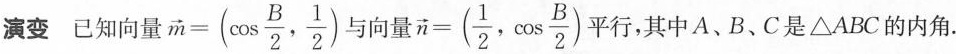
演变已知向量$$\overrightarrow { m } = ( \cos \frac { B } { 2 } , \frac { 1 } { 2 } )$$与向量$$\overrightarrow { n } = ( \frac { 1 } { 2 } , \cos \frac { B } { 2 } )$$平行，其中A、B、C是△ABC的内角.